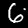
Label: 6